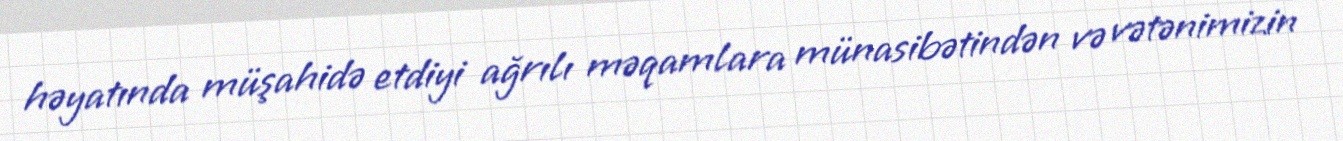
həyatında müşahidə etdiyi ağrılı məqamlara münasibətindən və vətənimizin